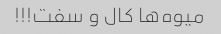
میوه‌ها کال و سفت!!!